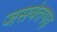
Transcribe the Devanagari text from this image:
जसवंतगढ़